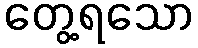
တွေ့ရသော